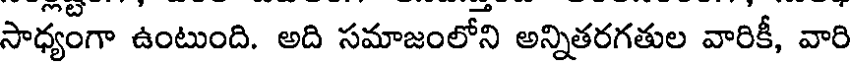
సాధ్యంగా ఉంటుంది. అది సమాజంలోని అన్నితరగతుల వారికీ, వారి